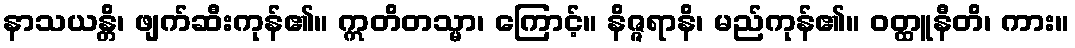
နာသယန္တိ၊ ဖျက်ဆီးကုန်၏။ ဣတိတသ္မာ၊ ကြောင့်။ နိဇ္ဇရာနိ၊ မည်ကုန်၏။ ဝတ္ထူနီတိ၊ ကား။